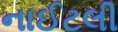
નાઈટલી